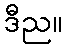
ဒီည။